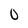
Character: 0